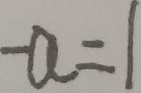
- a = 1